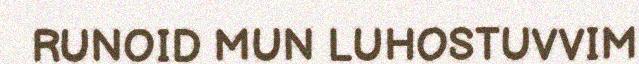
RUNOID MUN LUHOSTUVVIM